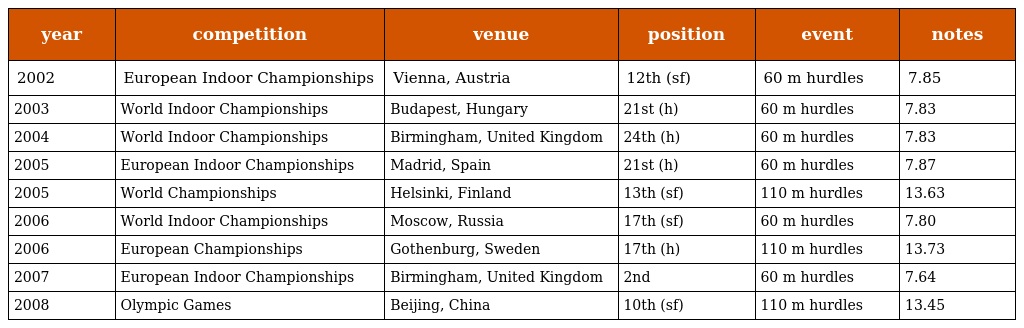
| year | competition | venue | position | event | notes |
 | --- | --- | --- | --- | --- | --- |
 | 2002 | European Indoor Championships | Vienna, Austria | 12th (sf) | 60 m hurdles | 7.85 |
 | 2003 | World Indoor Championships | Budapest, Hungary | 21st (h) | 60 m hurdles | 7.83 |
 | 2004 | World Indoor Championships | Birmingham, United Kingdom | 24th (h) | 60 m hurdles | 7.83 |
 | 2005 | European Indoor Championships | Madrid, Spain | 21st (h) | 60 m hurdles | 7.87 |
 | 2005 | World Championships | Helsinki, Finland | 13th (sf) | 110 m hurdles | 13.63 |
 | 2006 | World Indoor Championships | Moscow, Russia | 17th (sf) | 60 m hurdles | 7.80 |
 | 2006 | European Championships | Gothenburg, Sweden | 17th (h) | 110 m hurdles | 13.73 |
 | 2007 | European Indoor Championships | Birmingham, United Kingdom | 2nd | 60 m hurdles | 7.64 |
 | 2008 | Olympic Games | Beijing, China | 10th (sf) | 110 m hurdles | 13.45 |